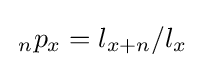
\,_{n}p_{x}=l_{x+n}/l_{x}